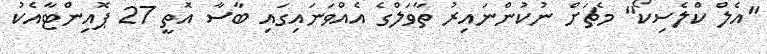
"އެލް ކްލެސިކޯ" މެޗަށް ނުކުންނައިރު ތާވަލްގެ އެއްވަނައިގައި ބާސާ އޮތީ 27 ޕޮއިންޓާއެކު